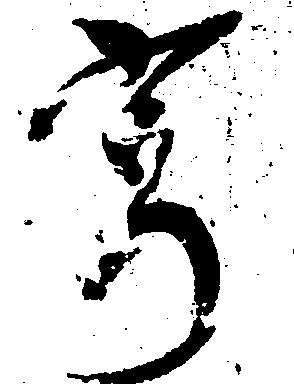
寄